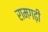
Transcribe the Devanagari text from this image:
रामगढ़ी